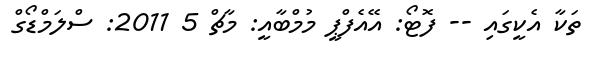
ތަކާ އެކީގައި -- ފޮޓޯ: އޭއެފްޕީ މުމްބާއީ: މާޗް 5 2011: ސްލަމްޑޯގް